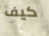
كيف